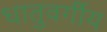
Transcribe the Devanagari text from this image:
धातुवर्गीय